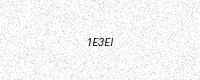
Text: 1E3EI